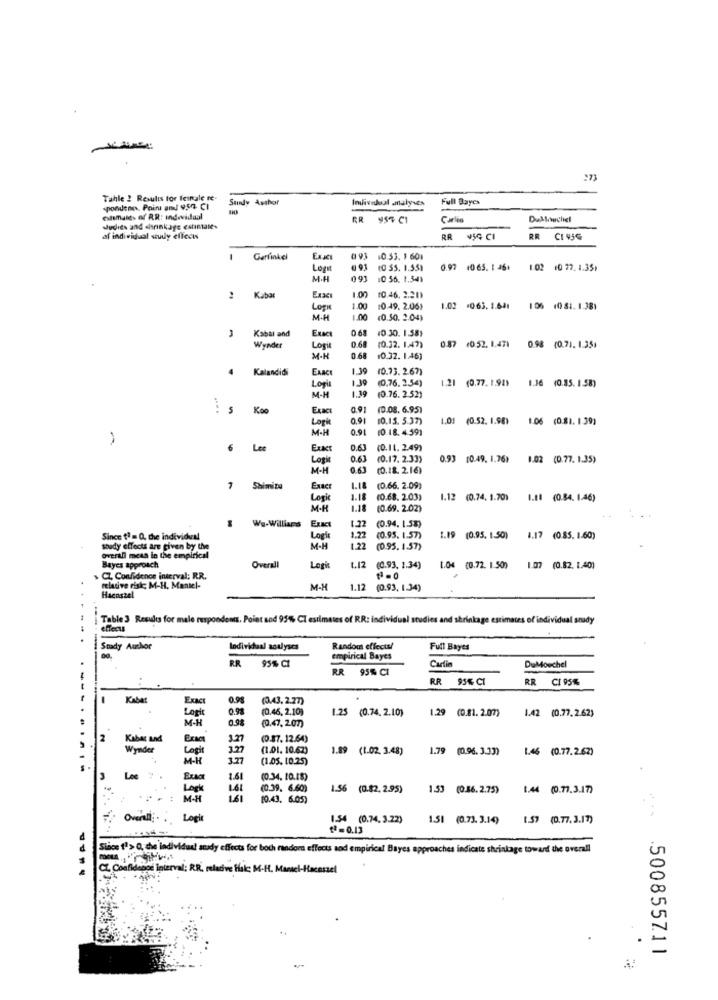
Tahle 2 Results for feirale re-
Sandy Author
Individual .italyses
Full Bayes
spondene, Point and 4,54. CI
Culsmales ef R.R: Indevidaal
GR
954 Cl
Carlo
Judith and shrinkage estimate.
af individual study effects
RR
¥5G CI
RR
1
Garfinkel
10.53. 1 601
Løgst
10 55. 1.551
0.92 1065. 1 46+
1.02 10 77. 1.35.
M.H
091
10 56. 1.541
:Kba
Exac
1.00
10.46. 2.201
Logie
1.00
10.49. 2.06)
1.02 *0.63. 1.641 106 (0 81. 1.381
M-H
1.00
(0.50. 2.04)
0.68
10 30. 1.58)
Kabal and
EXAC
Wynder
Logi
0.68
(0.32. 1.47)
0.87 (0.52. 1.471 0.98 (0.71. 1.35)
M.H
0.68
10.32. 1.46)
EAACI
1.39
(0.73. 2.67)
4 Kalandidi
1.39
(0.76. 2.54)
1.21 (0.77. 1.98)
1.36 (0.85. 1.58)
Logit
1.39
M-H
(0.76. 2.52)
: 5 Koo
Exact
(0.08. 6.95)
Log
0,91
10.15. 5.37)
1.01 (0.52. 1.98)
1.06 (0.81. 1.39)
M-H
0.91
(0.18.4.59)
Lee
ExKT
0.63
(0.11. 2.49)
Logie
0.6
(0.17. 2.33)
0.93 10.49. 1.761 102 (0.77. 1.35)
M-H
0.63
(0.18. 2.16)
7 Shimita
Exact
1.18 (0.66. 2.09)
Logie
1.1
(0.68. 2.03)
1.12 (0.74. 1.70)
1.11 (0.84. 1.46)
M-H
1.12
(0.69. 2.02)
We-Williams
(0.94. 1.58)
Since 1ª = Q, the individual
Logi
1.27
(0.95. 1.57)
1.19 (0.95. 1.50)
1.17 (0.85. 1.60)
soudy effects are given by the
M-H
122
(0.95. 1.57)
overall mesa in the empirical
Bayes approach
Overall
Logi
1.12
(C.93. 1.34)
M (0.72. 1.50)
1.07 (0.82. [.40)
> CZ Confidence interval; RR.
relative risk M-H. Mantel-
Haenszel
M-H
1.12
(0.93, 1.34)
Table 3 Results for male respondents. Point and 95% CI estimates of RR: individual studies and shrinkage estimates of individual study
---
effects
-----
Stady Author
Indivichaal analyses
Random effects!
Full Bayes
RR
95% CI
empirical Bayes
Carlin
BR
95% CI
DuMoschel
RR 95% CI
RR CI 95%
Kabar
ExAC
0.9
(0.43.2.27)
0.98
(0.46, 2.10)
1.25 (0.74. 2.10)
1.29 (0.81. 2.07)
Logi
M-N
0.98
1.42 (0.77.2.62)
(0.47,207)
2
Kabar and
(0.87.12.64)
---.....
Wymder
Lopit
(1.01. 10.62)
1.89 (1.02. 3.48)
1.79 (0.96. 3.33)
1.46 (0.77.2.62)
M-K
3.27
(1.05. 10.25)
-
Lee
ExA
1.61
(0.34. 10.18)
Logh
1.6l
(0.39. 6.60)
1.56 (0.82. 2.95)
1.53 (0.56.2.75)
1.44 (0.77.3.17)
M-H
(0.43. 6.05)
Overall :...
Logi
1.54 (0.74. 3.22)
1.51 (0.73. 3.14)
1.57 (0.77.3.17)
₾=0.13
Since 11> O, the individual study effects for both randoms effects and empirical Bayes approaches indicate shrinkage toward the overall
CL Confidence interval; R.R. relative Hai M-H. Mantel-Hocassel
500855711